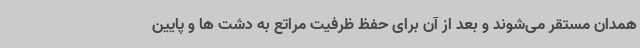
همدان مستقر می‌شوند و بعد از آن برای حفظ ظرفیت مراتع به دشت ها و پایین